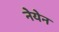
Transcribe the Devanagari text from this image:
नेयेन